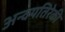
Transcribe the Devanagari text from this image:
अन्वयतिरेकी